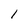
Character: l